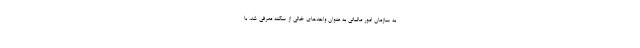
به سازمان امور مالیاتی به عنوان واحد‌های خالی از سکنه معرفی شد، با